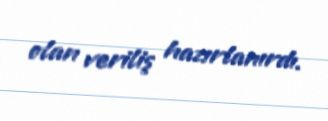
olan veriliş hazırlanırdı.